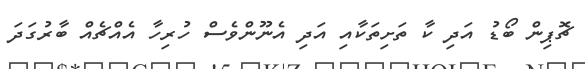
ޗޮޕިން ބޯޑު އަދި ކާ ތަށިތަކާއި އަދި އެނޫންވެސް ހުރިހާ އެއްޗެއް ބާރުގަދަ